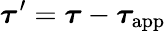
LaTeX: {\boldsymbol{\tau}}^{\prime}={\boldsymbol{\tau}}-{\boldsymbol{\tau}}_{\mathrm{app}}